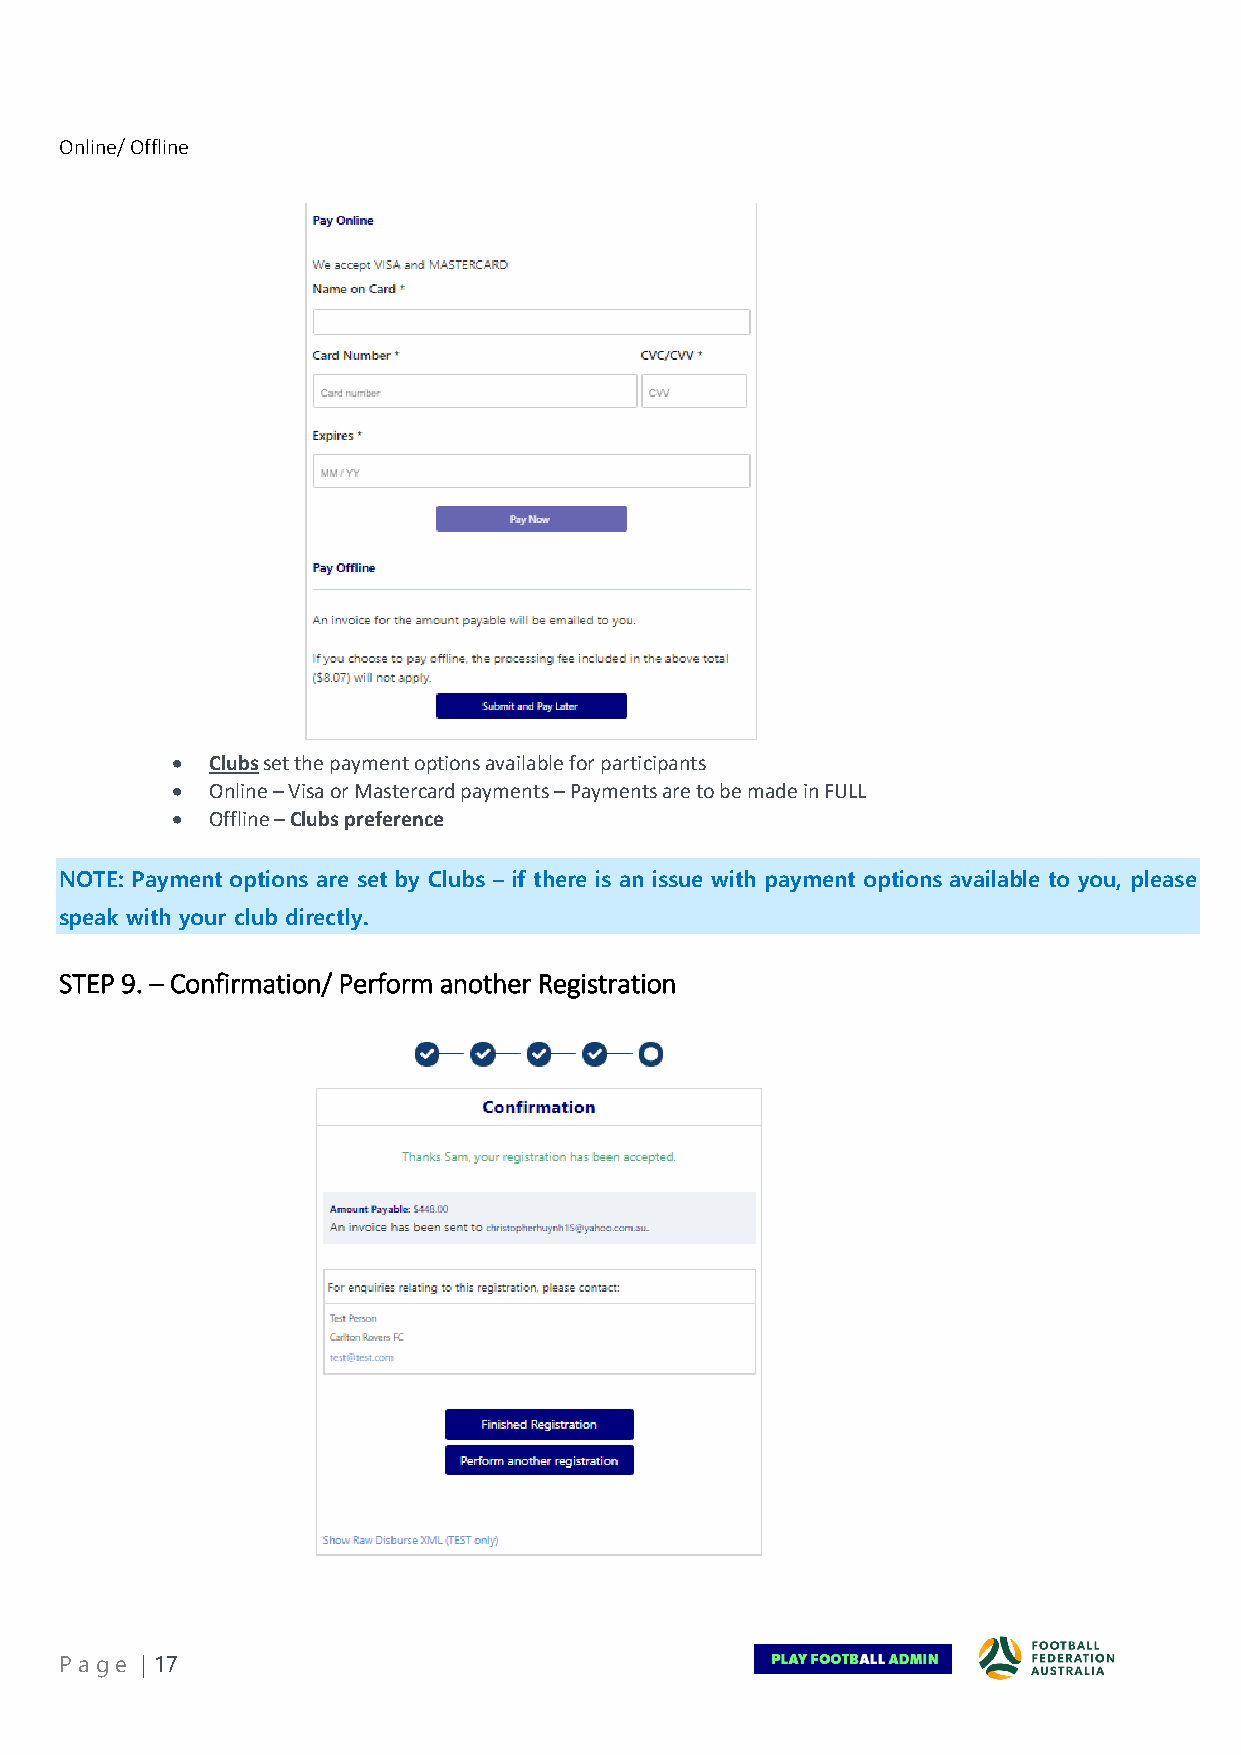
Online/ Offline
 •  Clubs set the payment options available for participants
 •  Online – Visa or Mastercard payments – Payments are to be made in FULL
 •  Offline – Clubs preference
 NOTE: Payment options are set by Clubs – if there is an issue with payment options available to you, please
 speak with your club directly.
 STEP 9. – Confirmation/ Perform another Registration
 Pa ge | 17